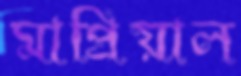
মাপ্রিয়াল